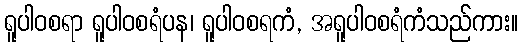
ရူပါဝစရာ ရူပါဝစရံပန၊ ရူပါဝစရကံ, အရူပါဝစရံကံသည်ကား။